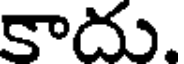
కాదు.